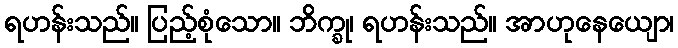
ရဟန်းသည်။ ပြည့်စုံသော။ ဘိက္ခု၊ ရဟန်းသည်။ အာဟုနေယျော၊